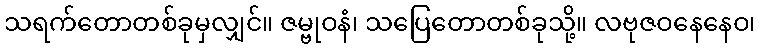
သရက်တောတစ်ခုမှလျှင်။ ဇမ္ဗုဝနံ၊ သပြေတောတစ်ခုသို့။ လဗုဇဝနေနေဝ၊